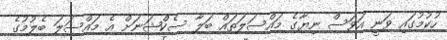
ހުކުމުގައި ވަނީ އަވަސް ނިޔާގެ މައްސަލަތައް ބަލާ ސެކްޝަނަށް އެ މައްސަލަ ބެލުމުގެ